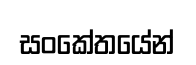
සංකේතයේන්